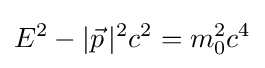
E^{2}-|{\vec {p}}\,|^{2}c^{2}=m_{0}^{2}c^{4}